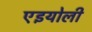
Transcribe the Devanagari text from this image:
एइयोली